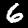
Digit: 6